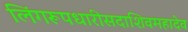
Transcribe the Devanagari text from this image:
लिंगरूपधारीसदाशिवमहादेव